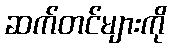
ဆက်တင်များကို